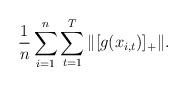
LaTeX: \begin{align*}\frac{1}{n}\sum_{i=1}^n\sum_{t=1}^T\|[g(x_{i,t})]_+\|.\end{align*}